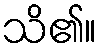
သိ၏။